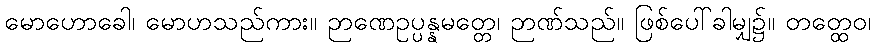
မောဟောခေါ၊ မောဟသည်ကား။ ဉာဏေဥပ္ပန္နမတ္တေ၊ ဉာဏ်သည်။ ဖြစ်ပေါ်ခါမျှ၌။ တတ္ထေဝ၊